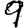
Digit: 9